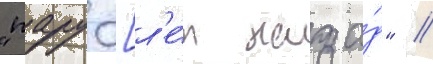
"пару [л'е́т наза́д" //